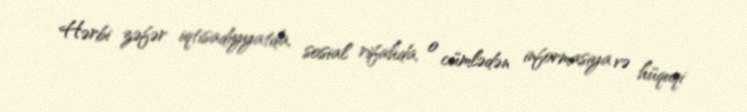
Hərbi zəfər iqtisadiyyatda, sosial rifahda, o cümlədən informasiya və hüquqi